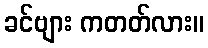
ခင်ဗျား ကတတ်လား။